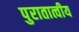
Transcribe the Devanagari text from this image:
पुरातात्वीय